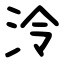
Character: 泠